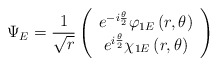
\begin{align*}\Psi_E = \frac{1}{\sqrt{r}} \left(\begin{array}{c} e^{-i\frac{\theta}{2}} \varphi_{1E} \left(r,\theta\right)\\ e^{i\frac{\theta}{2}} \chi_{1E} \left(r,\theta\right)\end{array}\right)\end{align*}